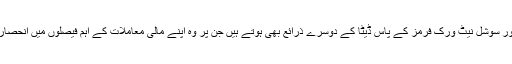
ٹیکنالوجی اور سوشل نیٹ ورک فرمز کے پاس ڈیٹا کے دوسرے ذرائع بھی ہوتے ہیں جن پر وہ اپنے مالی معاملات کے اہم فیصلوں میں انحصار کرتے ہیں۔